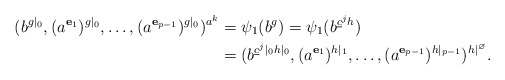
\begin{align*}(b^{g|_0}, (a^{\mathbf{e}_{{1}}})^{g|_0}, \dots, (a^{\mathbf{e}_{{p-1}}})^{g|_0})^{a^k} &= \psi_1(b^g) = \psi_1(b^{\underline{c}^jh}) \\&= (b^{\underline{c}^j|_0h|_0}, (a^{\mathbf{e}_{{1}}})^{h|_1}, \dots, (a^{\mathbf{e}_{{p-1}}})^{h|_{p-1}})^{h|^\varnothing}.\end{align*}